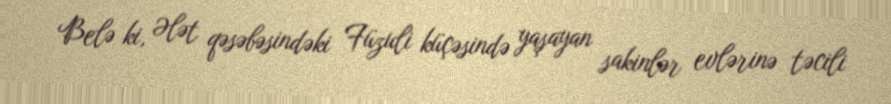
Belə ki, Ələt qəsəbəsindəki Füzuli küçəsində yaşayan sakinlər evlərinə təcili